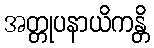
အတ္တုပနာယိကန္တိ